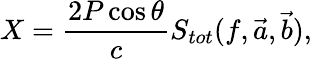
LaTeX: X=\frac{2P\cos\theta}{c}S_{tot}(f,\vec{a},\vec{b}),